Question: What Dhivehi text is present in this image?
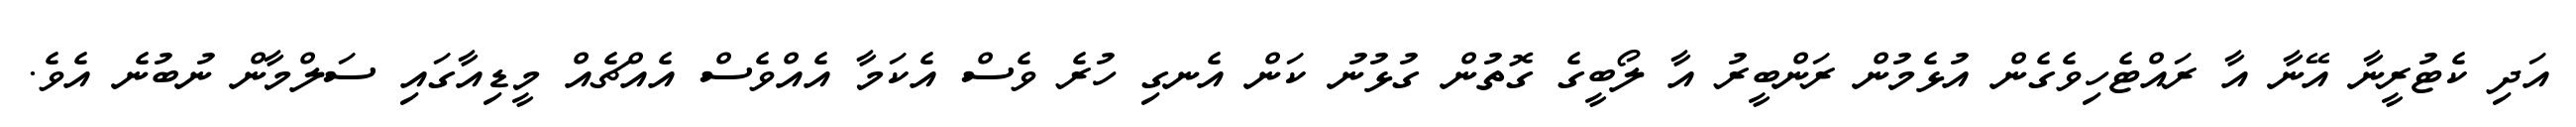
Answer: އަދި ކެޓުރީނާ އޭނާ އާ ރައްޓެހިވެގެން އުޅެމުން ރަންބީރު އާ ލޯބީގެ ގޮތުން ގުޅުނު ކަން އެނގި ހުރެ ވެސް އެކަމާ އެއްވެސް އެއްޗެއް މީޑިއާގައި ސަލްމާން ނުބުނެ އެވެ.